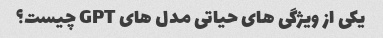
یکی از ویژگی های حیاتی مدل های GPT چیست؟